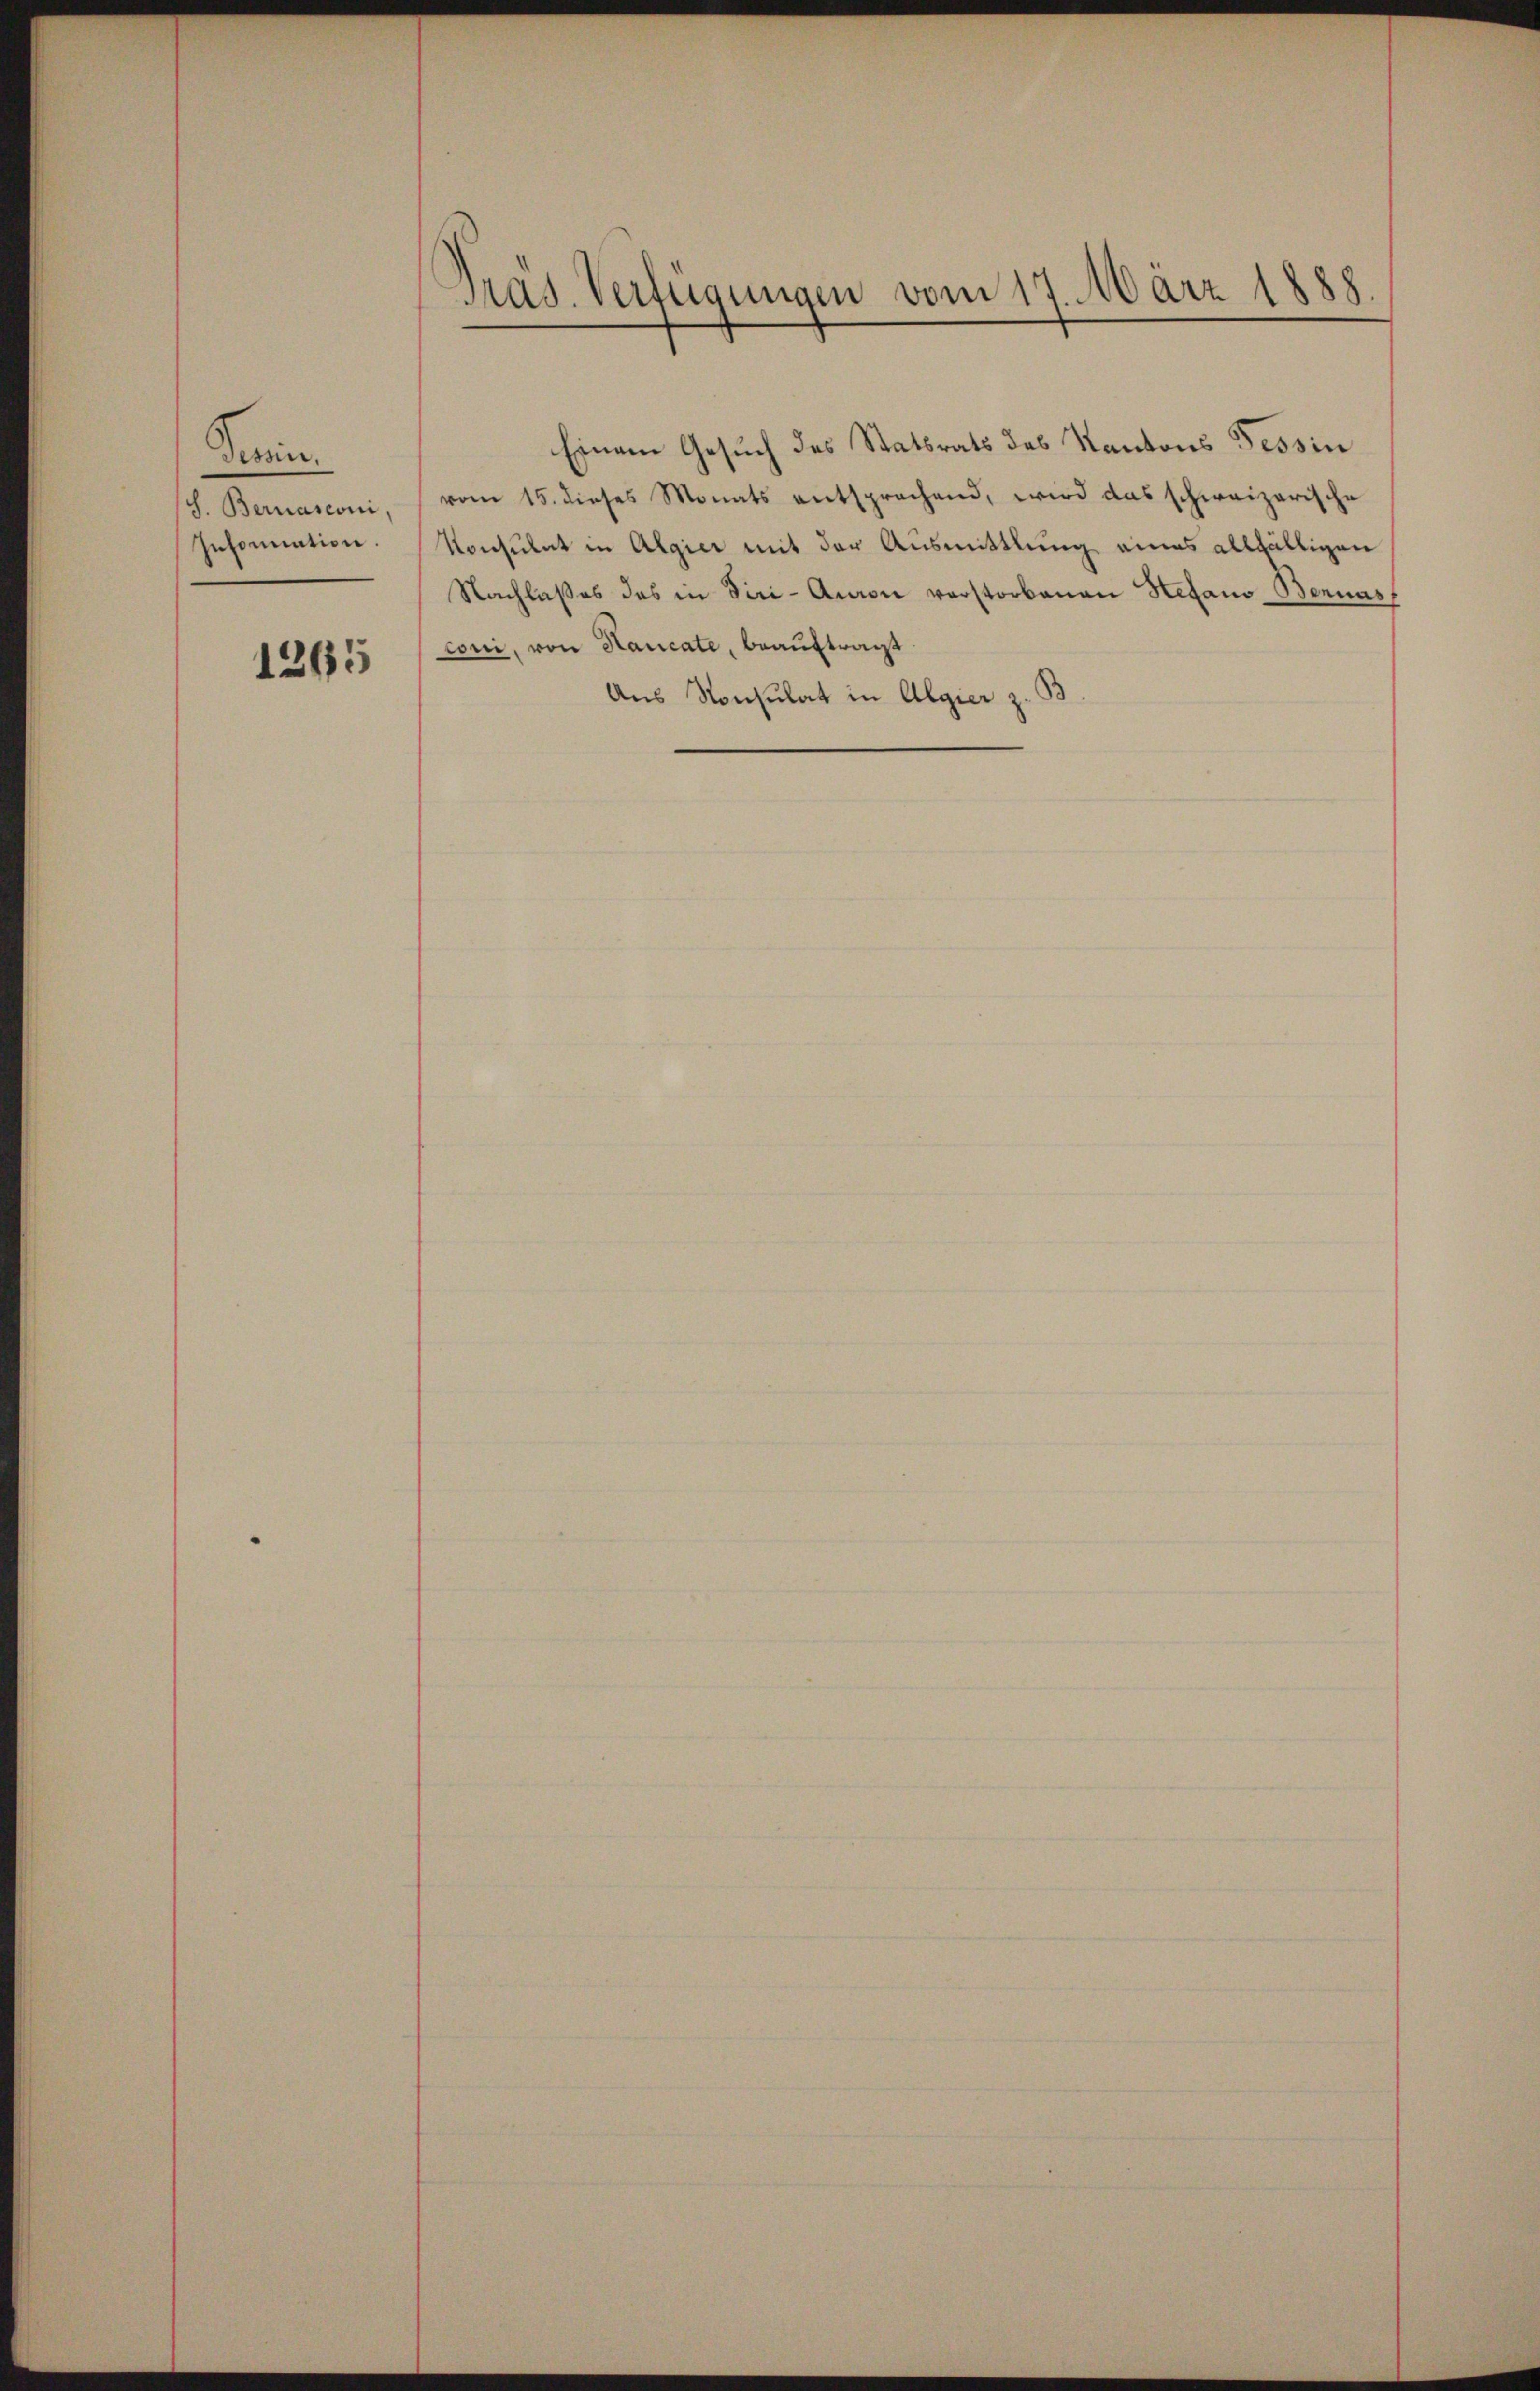
Panien.
S. Bernasconi
Information.

1265

Präs. Verfügungen vom 17. März 1888.

Einem Gesuch des Statsrats des Kantons Tessin
vom 15. dieses Monats entsprachend, wird das schweizerische
Konsulat in Algier mit der Ausmittlung eines allfälligen
Nachlaßes des in Siri-Auron verstorbenen Stefano- Bennas
coni, von Haucate, beauftragt.
Aus Konsulat in Algier z. B.